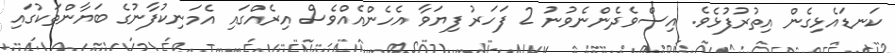
ކަނޑައެޅިގެން އިތުރުފުޅެވެ. އިސްވެދެންނެވުނު 2 ފަހަރު ފިޔަވާ އެހެންއެއްވެސް އިރެއްގައި އެމަނިކުފާނުގެ ބަޔާންތަކުގައި